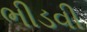
ભીડવી